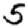
Digit: 5